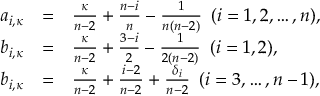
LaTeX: \begin{array} { r c l } { { a _ { i , \kappa } } } & { { = } } & { { \frac { \kappa } { n - 2 } + \frac { n - i } { n } - \frac { 1 } { n ( n - 2 ) } \, \, \, ( i = 1 , 2 , \dots , n ) , } } \\ { { b _ { i , \kappa } } } & { { = } } & { { \frac { \kappa } { n - 2 } + \frac { 3 - i } { 2 } - \frac { 1 } { 2 ( n - 2 ) } \, \, \, ( i = 1 , 2 ) , } } \\ { { b _ { i , \kappa } } } & { { = } } & { { \frac { \kappa } { n - 2 } + \frac { i - 2 } { n - 2 } + \frac { \delta _ { i } } { n - 2 } \, \, \, ( i = 3 , \dots , n - 1 ) , } } \end{array}